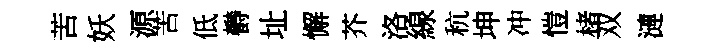
苦妖源苦低欎址懈芥洛線秔坤冲愷楮双漣